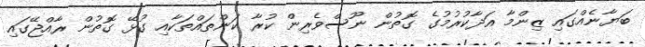
ބަޔާނެއްގައި ޒިންމާ އަދާކުރުމުގެ ގޮތުން ނޫސްވެރިން ކުރާ ކަންތައްތަކާއި ގުޅޭ ގޮތުން ރާއްޖޭގައި